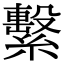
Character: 繫